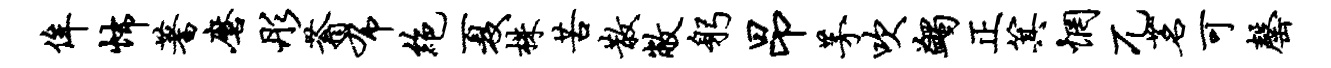
侔怖蓍磨彤蓊布绝夏株苦散敝躬昂茅吹蠲正箕惘兀茗可罄